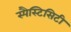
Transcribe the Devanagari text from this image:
स्पैस्टिसिटी